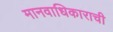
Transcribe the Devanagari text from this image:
मानवाधिकाराची